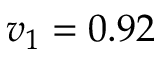
v _ { 1 } = 0 . 9 2